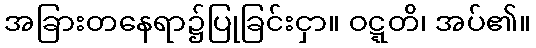
အခြားတနေရာ၌ပြုခြင်းငှာ။ ဝဋ္ဋတိ၊ အပ်၏။